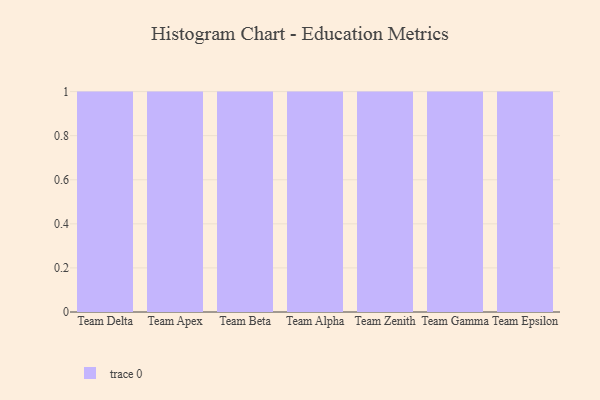
{"axis": {"x": "Team", "y": "Inventory Turnover"}, "legend": [""], "data": [{"x": "Team Delta", "y": 60, "type": ""}, {"x": "Team Apex", "y": 51, "type": ""}, {"x": "Team Beta", "y": 89, "type": ""}, {"x": "Team Alpha", "y": 87, "type": ""}, {"x": "Team Zenith", "y": 7, "type": ""}, {"x": "Team Gamma", "y": 6, "type": ""}, {"x": "Team Epsilon", "y": 11, "type": ""}]}